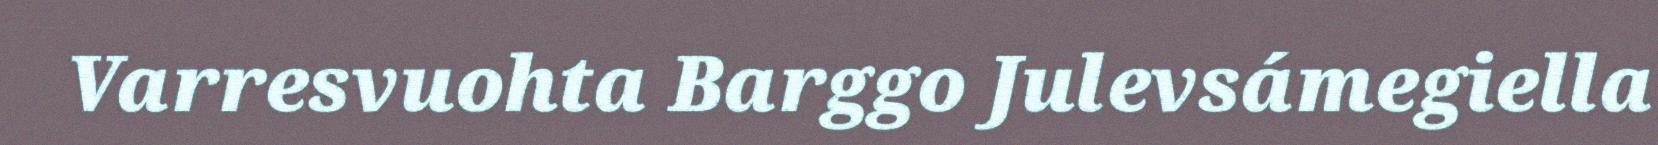
Varresvuohta Barggo Julevsámegiella